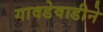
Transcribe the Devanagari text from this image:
गावडेवाडीने